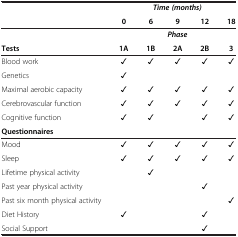
<table><thead><tr><td><b> </b></td><td colspan="5"><b><i>Time (months)</i></b></td></tr><tr><td><b> </b></td><td><b>0</b></td><td><b>6</b></td><td><b>9</b></td><td><b>12</b></td><td><b>18</b></td></tr></thead><tbody><tr><td> </td><td colspan="5"><b><i>Phase</i></b></td></tr><tr><td><b>Tests</b></td><td><b>1A</b></td><td><b>1B</b></td><td><b>2A</b></td><td><b>2B</b></td><td><b>3</b></td></tr><tr><td>Blood work</td><td>✓</td><td>✓</td><td>✓</td><td>✓</td><td>✓</td></tr><tr><td>Genetics</td><td>✓</td><td> </td><td> </td><td> </td><td> </td></tr><tr><td>Maximal aerobic capacity</td><td>✓</td><td>✓</td><td>✓</td><td>✓</td><td>✓</td></tr><tr><td>Cerebrovascular function</td><td>✓</td><td>✓</td><td>✓</td><td>✓</td><td>✓</td></tr><tr><td>Cognitive function</td><td>✓</td><td>✓</td><td> </td><td>✓</td><td>✓</td></tr><tr><td><b>Questionnaires</b></td><td> </td><td> </td><td> </td><td> </td><td> </td></tr><tr><td>Mood</td><td>✓</td><td>✓</td><td>✓</td><td>✓</td><td>✓</td></tr><tr><td>Sleep</td><td>✓</td><td>✓</td><td>✓</td><td>✓</td><td>✓</td></tr><tr><td>Lifetime physical activity</td><td> </td><td>✓</td><td> </td><td> </td><td> </td></tr><tr><td>Past year physical activity</td><td> </td><td> </td><td> </td><td>✓</td><td> </td></tr><tr><td>Past six month physical activity</td><td> </td><td> </td><td> </td><td> </td><td>✓</td></tr><tr><td>Diet History</td><td>✓</td><td> </td><td> </td><td>✓</td><td> </td></tr><tr><td>Social Support</td><td> </td><td> </td><td> </td><td>✓</td><td> </td></tr></tbody></table>